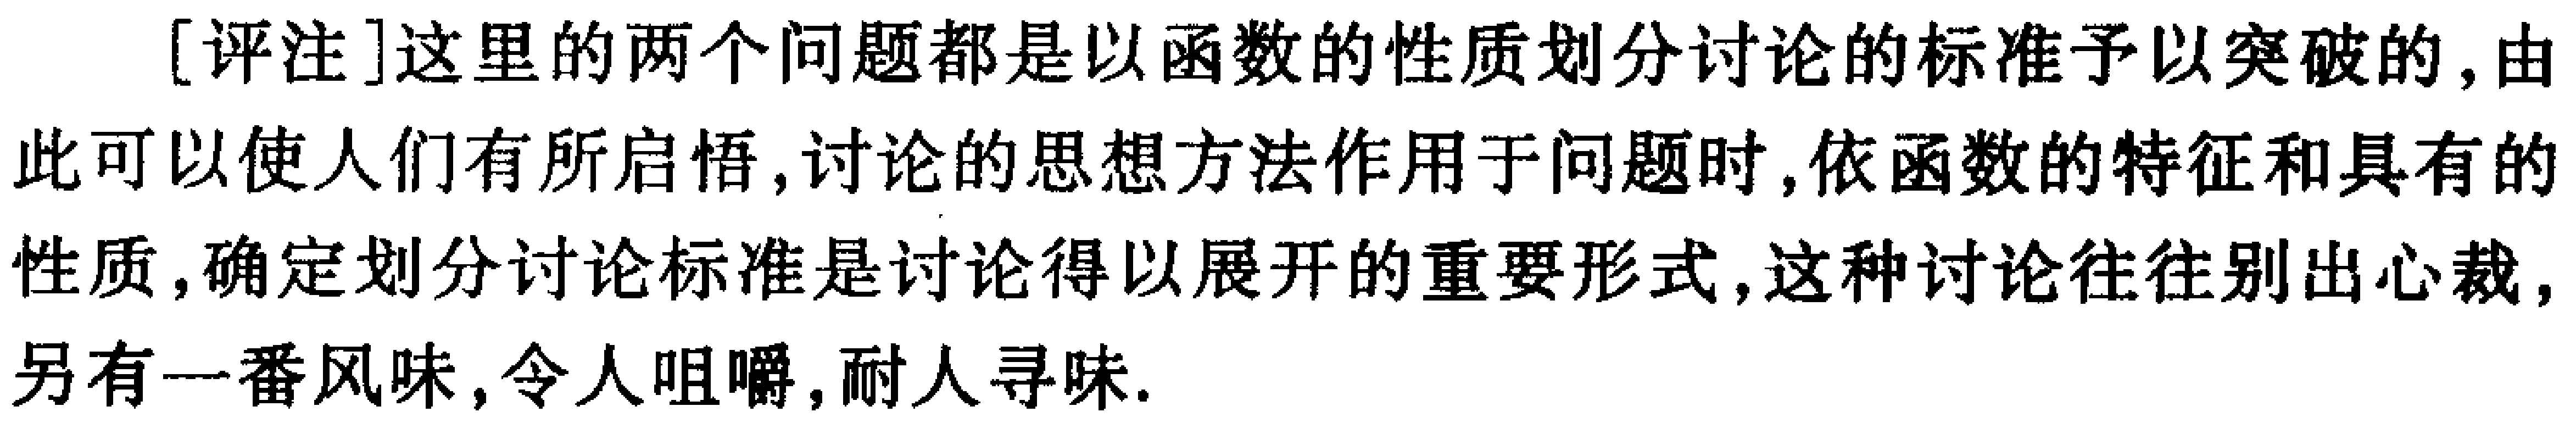
[评注]这里的两个问题都是以函数的性质划分讨论的标准予以突破的,由此可以使人们有所启悟,讨论的思想方法作用于问题时,依函数的特征和具有的性质,确定划分讨论标准是讨论得以展开的重要形式,这种讨论往往别出心裁,另有一番风味,令人咀嚼,耐人寻味.